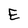
Character: E